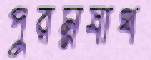
পুরম্নষার্থ